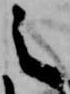
之